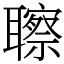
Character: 聺